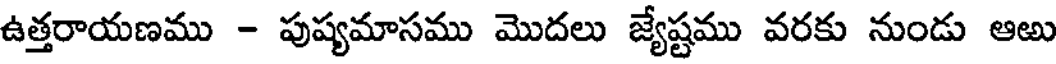
ఉత్తరాయణము - పుష్యమాసము మొదలు జ్యేష్టము వరకు నుండు ఆఱు